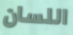
اللسان